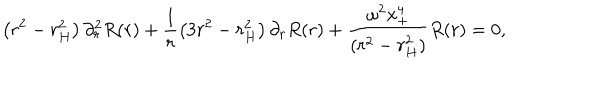
\left( r ^ { 2 } - r _ { H } ^ { 2 } \right) \partial _ { r } ^ { 2 } R ( r ) + \frac { 1 } { r } \left( 3 r ^ { 2 } - r _ { H } ^ { 2 } \right) \partial _ { r } R ( r ) + \frac { \omega ^ { 2 } x _ { + } ^ { 4 } } { ( r ^ { 2 } - r _ { H } ^ { 2 } ) } R ( r ) = 0 ,